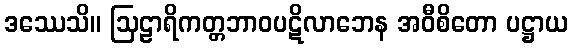
ဒဿေသိ။ ဩဠာရိကတ္တဘာဝပဋိလာဘေန အဝီစိတော ပဋ္ဌာယ